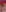
و